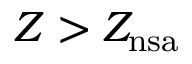
Z > Z _ { \mathrm { n s a } }